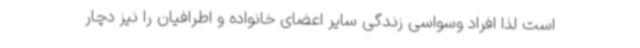
است لذا افراد وسواسی زندگی سایر اعضای خانواده و اطرافیان را نیز دچار